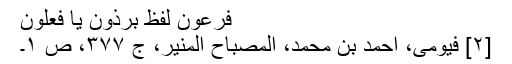
فرعون لفظ بِرذَون یا فِعۡلَون
[۲] فیومی، احمد بن محمد، المصباح المنیر، ج ۳۷۷، ص ۱۔